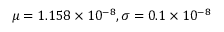
\mu = 1 . 1 5 8 \times 1 0 ^ { - 8 } , \sigma = 0 . 1 \times 1 0 ^ { - 8 }